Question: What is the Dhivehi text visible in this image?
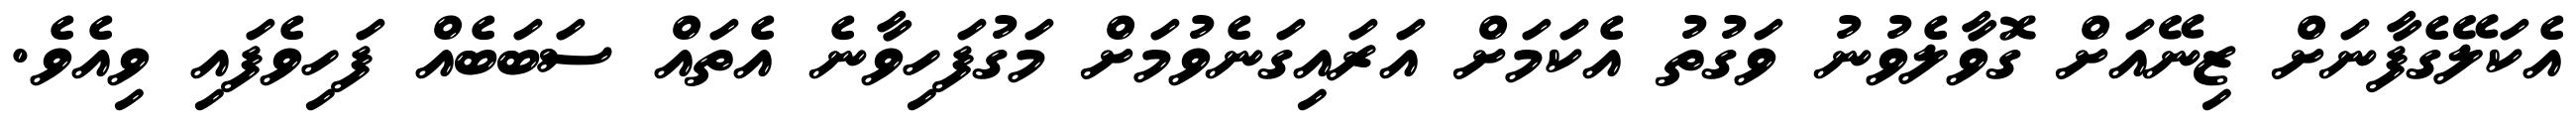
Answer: އެކަލޭގެފާނަށް ޒިނޭއަށް ގޮވާލެވުނު ވަގުތު އެކަމަށް އަރައިގަނެވުމަށް މަގުފަހިވާނެ އެތައް ސަބަބެއް ފަހިވެފައި ވިއެވެ.